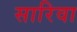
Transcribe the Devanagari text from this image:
सारिवा